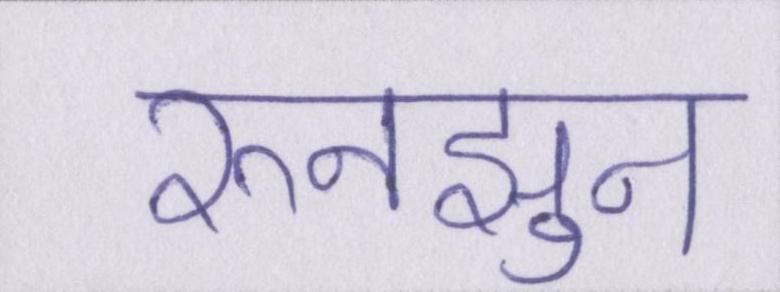
रुनझुन